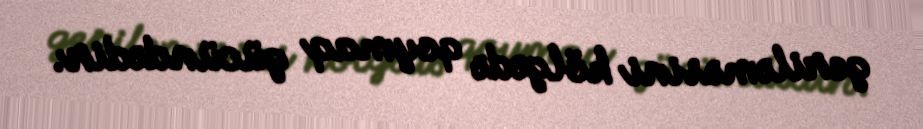
geriləməsini kölgədə qoymaq gücündədir.